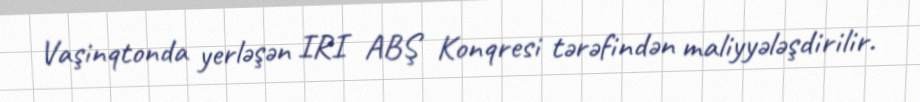
Vaşinqtonda yerləşən IRI ABŞ Konqresi tərəfindən maliyyələşdirilir.